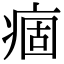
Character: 痼